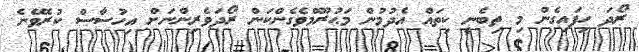
ރޯދަ ހިފައިގެން މި ތިބެނީ ކިތައް އެދުމުން މަޙުރޫމްވެގެންކަން ރޯދަވެރިންނަށް އިހުސާސް ކުރެވޭނެ